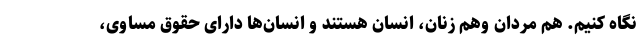
نگاه کنیم. هم مردان وهم زنان، انسان هستند و انسان‌ها دارای حقوق مساوی،